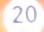
20